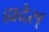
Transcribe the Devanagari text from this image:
ह्यदेस्